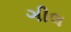
ગીલ